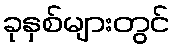
ခုနှစ်များတွင်